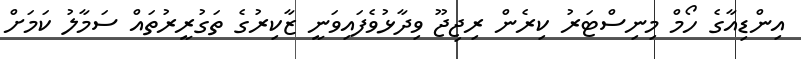
އިންޑިއާގެ ހޯމް މިނިސްޓަރު ކިރެން ރިޖިޖޫ ވިދާޅުވެފައިވަނީ ޒާކިރުގެ ތަގުރީރުތައް ސަމާލު ކަމަށް